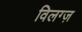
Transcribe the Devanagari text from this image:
विलग्ज़